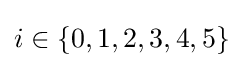
i\in \{0,1,2,3,4,5\}